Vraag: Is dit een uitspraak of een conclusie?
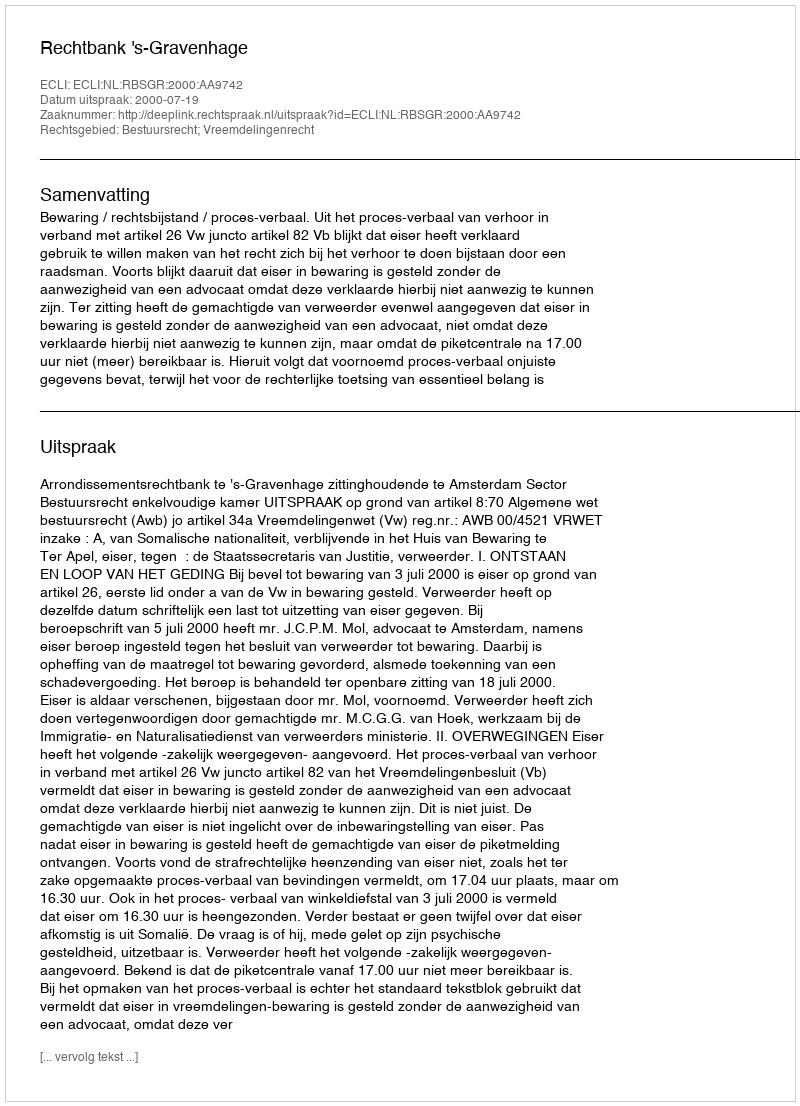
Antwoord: Uitspraak